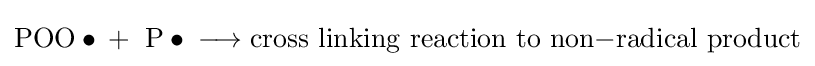
{\mathrm {POO} \bullet {}+{}\ \mathrm {P} \bullet {}\mathrel {\longrightarrow } {}\mathrm {cross} \ \mathrm {linking} \ \mathrm {reaction} \ \mathrm {to} \ \mathrm {non} {-}\mathrm {radical} \ \mathrm {product} }